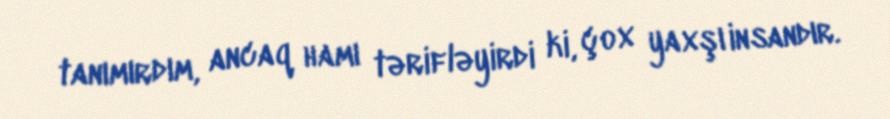
tanımırdım, ancaq hamı tərifləyirdi ki, çox yaxşı insandır.